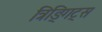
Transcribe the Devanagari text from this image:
त्रिङ्गिट्स